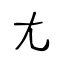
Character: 尢